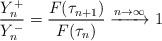
LaTeX: \begin{align*} \frac{Y^+_n}{Y^-_n} &= \frac{F(\tau_{n+1})}{F(\tau_n)} \xrightarrow{n\to\infty}1 \end{align*}